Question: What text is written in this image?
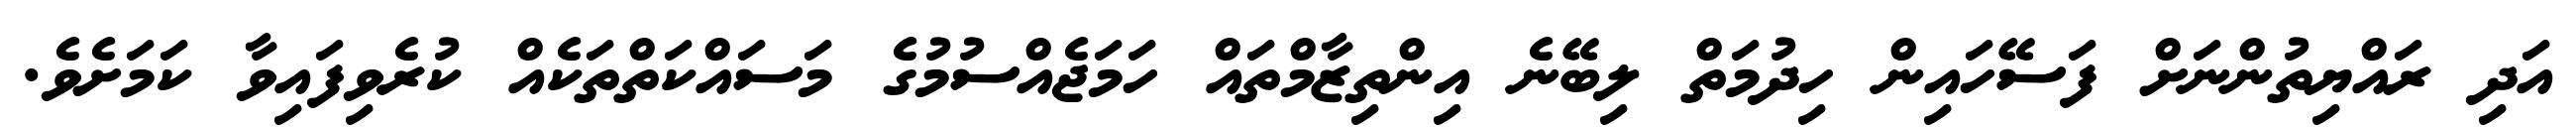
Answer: އަދި ރައްޔިތުންނަށް ފަސޭހައިން ހިދުމަތް ލިބޭނެ އިންތިޒާމްތައް ހަމަޖެއްސުމުގެ މަސައްކަތްތަކެއް ކުރެވިފައިވާ ކަމަށެވެ.